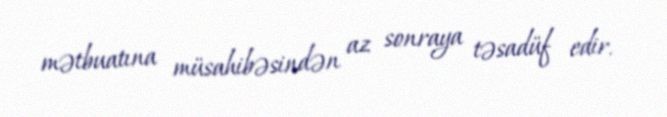
mətbuatına müsahibəsindən az sonraya təsadüf edir.